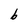
Character: b